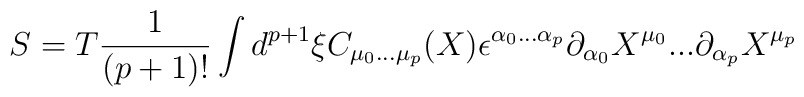
S=T\frac{1}{(p+1)!} \int d^{p+1}\xi C_{\mu _{0}...\mu _{p}}(X)\epsilon^{\alpha _{0}...\alpha _{p}} \partial _{\alpha _{0}}X^{\mu _{0}}...\partial _{\alpha _{p}}X^{\mu _{p}}